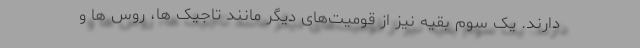
دارند. یک سوم بقیه نیز از قومیت‌های دیگر مانند تاجیک ها، روس ها و